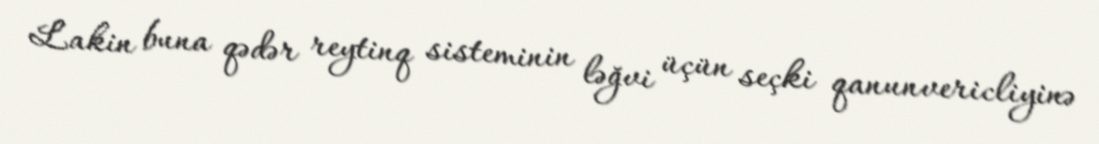
Lakin buna qədər reytinq sisteminin ləğvi üçün seçki qanunvericliyinə